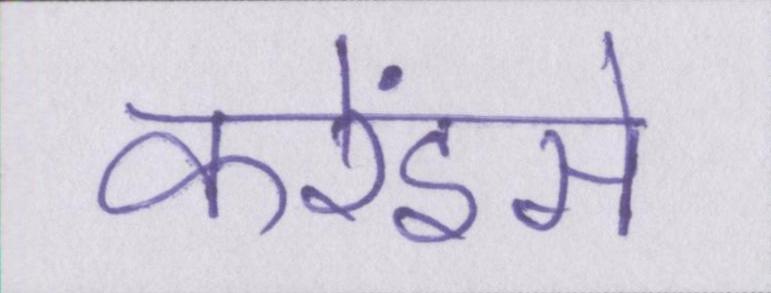
करेंइसे